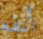
أنفه